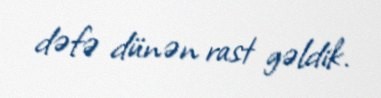
dəfə dünən rast gəldik.